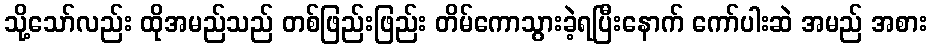
သို့သော်လည်း ထိုအမည်သည် တစ်ဖြည်းဖြည်း တိမ်ကောသွားခဲ့ရပြီးနောက် ကော်ပါးဆဲ အမည် အစား